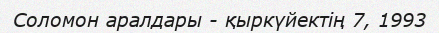
Соломон аралдары - қыркүйектің 7, 1993